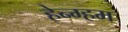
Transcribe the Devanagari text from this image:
हेन्ग्हम